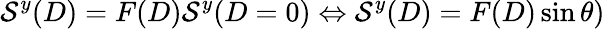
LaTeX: \mathcal{S}^{y}(D)=F(D)\mathcal{S}^{y}(D=0)\Leftrightarrow\mathcal{S}^{y}(D)=F(D)\sin\theta)